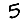
Digit: 5